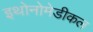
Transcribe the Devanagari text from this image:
इथोनोमेडीकल